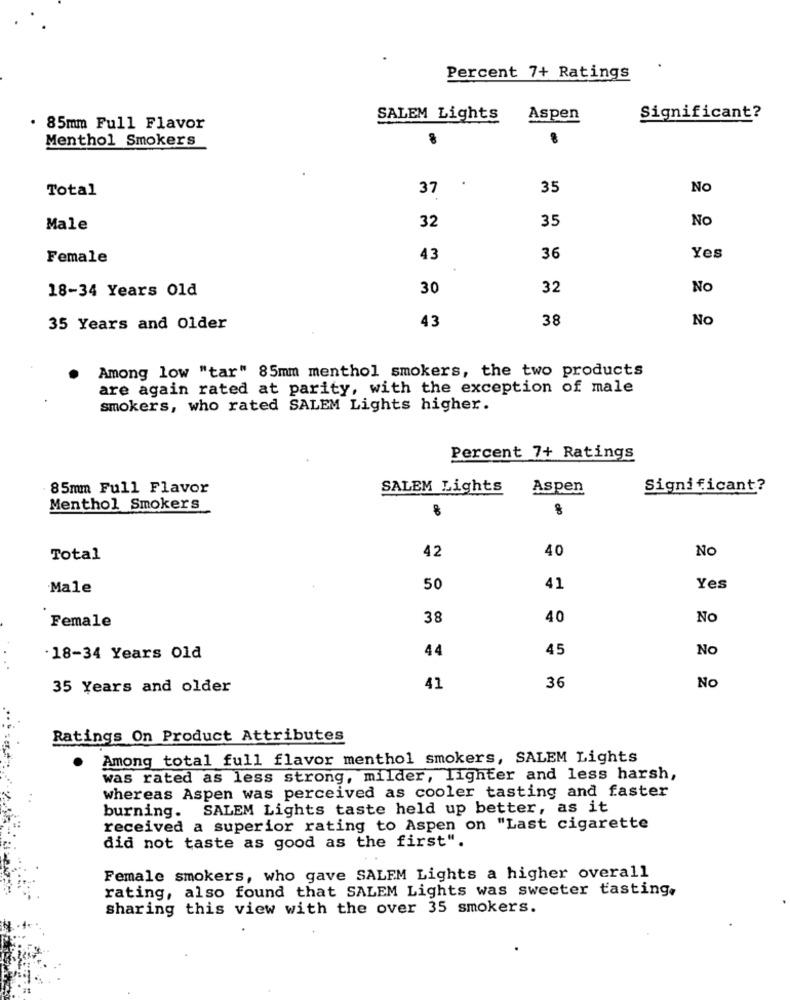
Percent 7+ Ratings
SALEM Lights
Aspen
Significant?
. 85mm Full Flavor
Menthol Smokers
.
Total
37
35
No
35
No
Male
32
Female
43
36
Yes
30
32
NO
18-34 Years Old
43
38
No
35 Years and Older
Among low "tar" 85mm menthol smokers, the two products
are again rated at parity, with the exception of male
smokers, who rated SALEM Lights higher.
Percent 7+ Ratings
85mm Full Flavor
SALEM Lights
Aspen
Significant?
Menthol Smokers
40
No
Total
42
Male
50
41
Yes
38
40
No
Female
44
45
No
18-34 Years old
36
35 Years and older
41
No
Ratings On Product Attributes
Among total full flavor menthol smokers, SALEM Lights
was rated as less strong, milder, lighter and less harsh,
whereas Aspen was perceived as cooler tasting and faster
burning. SALEM Lights taste held up better, as it
received a superior rating to Aspen on "Last cigarette
did not taste as good as the first".
Female smokers, who gave SALEM Lights a higher overall
rating, also found that SALEM Lights was sweeter tasting,
sharing this view with the over 35 smokers.